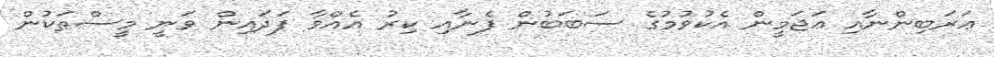
ޢަރަބިންނާއި ޢަޖަމީން އެކުވުމުގެ ސަބަބުން ފެނާއި ކިރު އެއްވާ ފަދައިން ވަނީ މީސްތަކުން